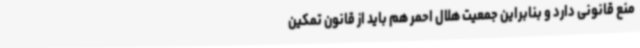
منع قانونی دارد و بنابراین جمعیت هلال احمر هم باید از قانون تمکین